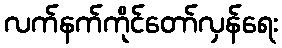
လက်နက်ကိုင်တော်လှန်ရေး